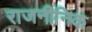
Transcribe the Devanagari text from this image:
राजनीनिक